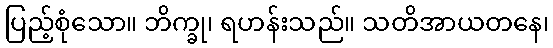
ပြည့်စုံသော။ ဘိက္ခု၊ ရဟန်းသည်။ သတိအာယတနေ၊